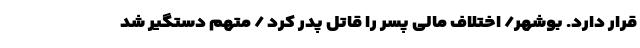
قرار دارد. بوشهر/ اختلاف مالی پسر را قاتل پدر کرد / متهم دستگیر شد